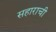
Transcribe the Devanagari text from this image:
सहाराची